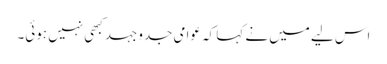
اس لیے میں نے کہا کہ عوامی جدوجہد کبھی نہیں ہوئی۔